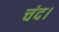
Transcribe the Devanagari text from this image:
चंद।